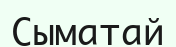
Сыматай